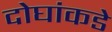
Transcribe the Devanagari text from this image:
दोघांकडे